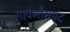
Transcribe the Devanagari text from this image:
सार्वभौमपद